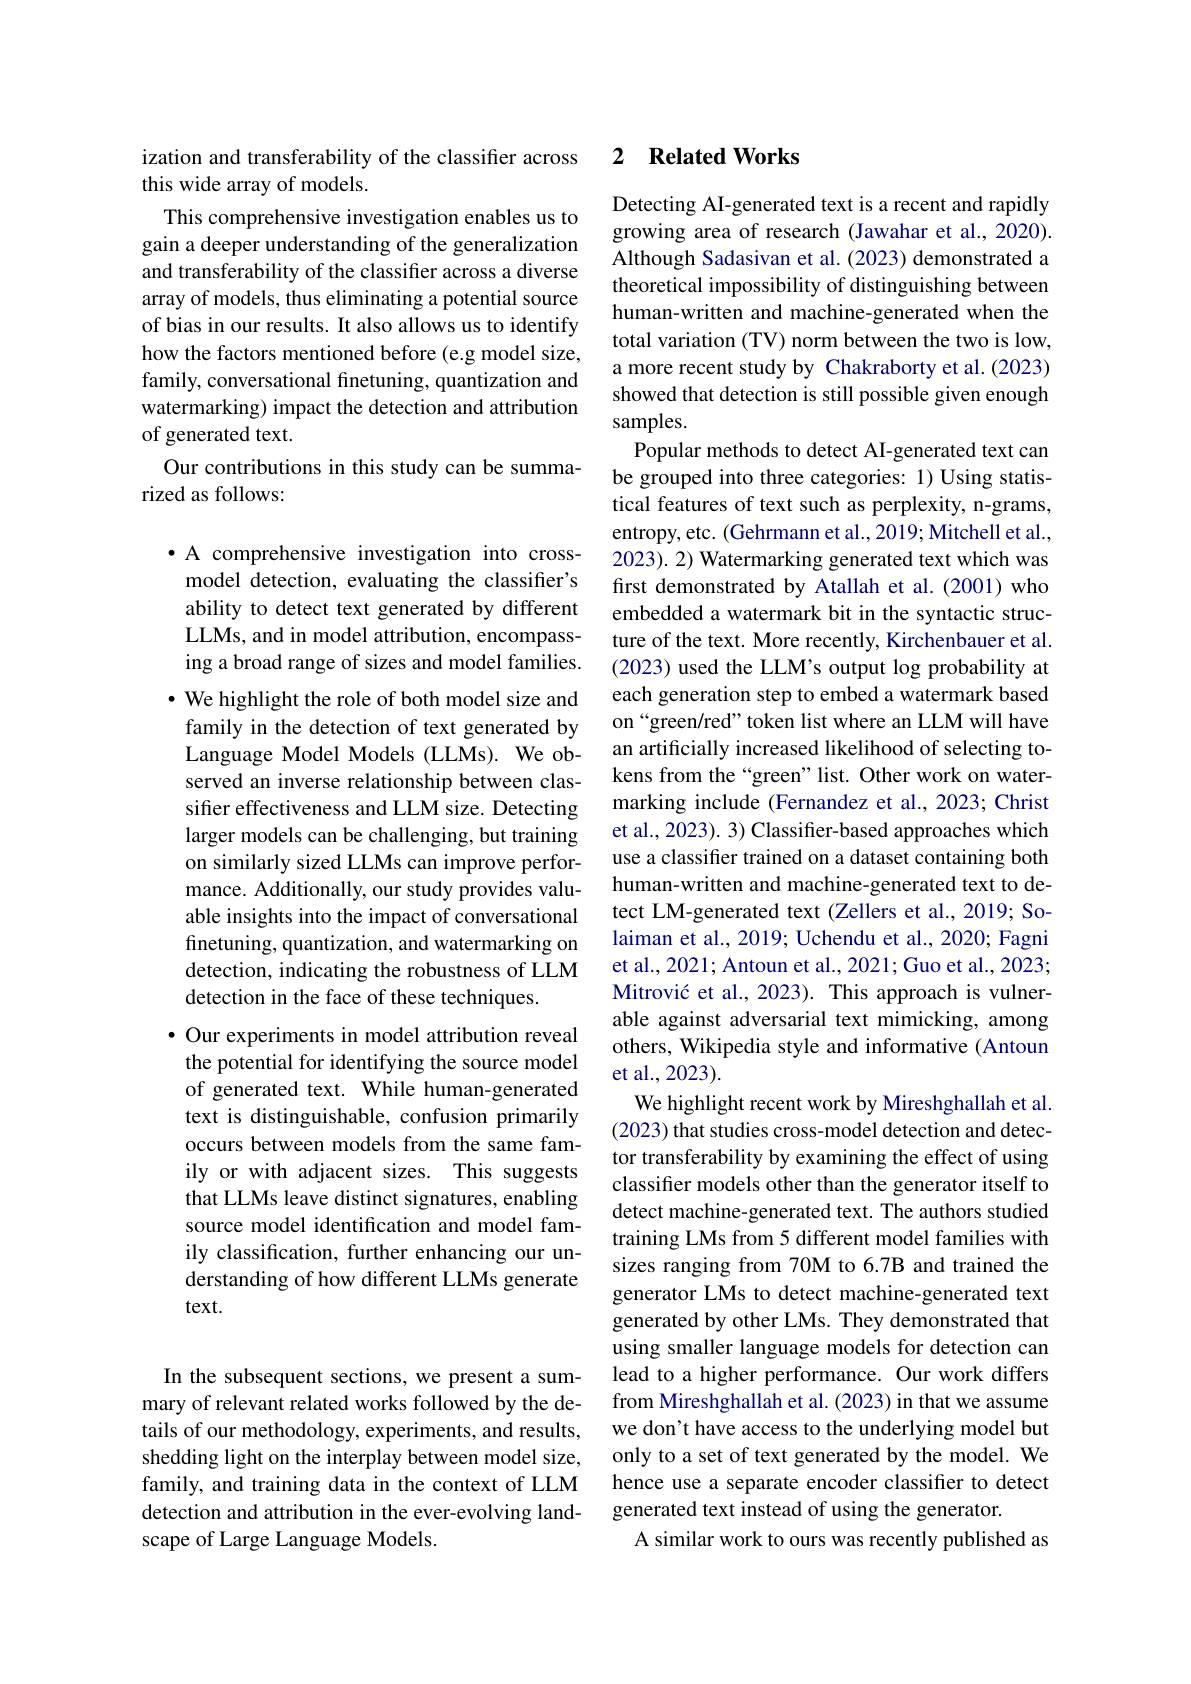
ization and transferability of the classifier across
this wide array of models.
This comprehensive investigation enables us to gain a deeper understanding of the generalization and transferability of the classifier across a diverse array of models, thus eliminating a potential source of bias in our results. It also allows us to identify how the factors mentioned before (e.g model size, family, conversational finetuning, quantization and watermarking) impact the detection and attribution of generated text.
Our contributions in this study can be summa-
rized as follows:

·A comprehensive investigation into crossmodel detection, evaluating the classifier's ability to detect text generated by different LLMs, and in model attribution, encompassing a broad range of sizes and model families. $\cdot$ We highlight the role of both model size and family in the detection of text generated by Language Model Models (LLMs). We observed an inverse relationship between classifer effectiveness and LLM size. Detecting larger models can be challenging, but training on similarly sized LLMs can improve performance. Additionally, our study provides valuable insights into the impact of conversational finetuning, quantization, and watermarking on detection, indicating the robustness of LLM detection in the face of these techniques.
$\bullet$ Our experiments in model attribution reveal the potential for identifying the source model of generated text. While human-generated text is distinguishable, confusion primarily occurs between models from the same family or with adjacent sizes. This suggests that LLMs leave distinct signatures, enabling source model identification and model family classification, further enhancing our understanding of how different LLMs generate text.

In the subsequent sections, we present a summary of relevant related works followed by the details of our methodology, experiments, and results, shedding light on the interplay between model size, family, and training data in the context of LLM detection and attribution in the ever-evolving landscape of Large Language Models.

## 2 Related Works

Detecting AI-generated text is a recent and rapidly growing area of research (Jawahar et al., 2020). Although Sadasivan et al. (2023) demonstrated a theoretical impossibility of distinguishing between human-written and machine-generated when the total variation (TV) norm between the two is low, a more recent study by Chakraborty et al.(2023) showed that detection is still possible given enough samples.
Popular methods to detect AI-generated text can be grouped into three categories: 1) Using statistical features of text such as perplexity, n-grams, entropy, etc. (Gehrmann et al., 2019; Mitchell et al., 2023). 2) Watermarking generated text which was first demonstrated by Atallah et al.(2001) who embedded a watermark bit in the syntactic structure of the text. More recently, Kirchenbauer et al. (2023) used the LLM's output log probability at each generation step to embed a watermark based on“green/red”token list where an LLM will have an artificially increased likelihood of selecting tokens from the“green”list. Other work on watermarking include (Fernandez et al., 2023; Christ et al., 2023). 3) Classifier-based approaches which use a classifier trained on a dataset containing both human-written and machine-generated text to detect LM-generated text (Zellers et al., 2019; Solaiman et al., 2019; Uchendu et al., 2020; Fagni et al., 2021; Antoun et al., 2021; Guo et al., 2023; Mitrović et al., 2023). This approach is vulnerable against adversarial text mimicking, among others, Wikipedia style and informative (Antoun et al.,2023)
We highlight recent work by Mireshghallah et al. (2023) that studies cross-model detection and detector transferability by examining the effect of using classifier models other than the generator itself to detect machine-generated text. The authors studied training LMs from 5 different model families with sizes ranging from 70M to 6.7B and trained the generator LMs to detect machine-generated text generated by other LMs. They demonstrated that using smaller language models for detection can lead to a higher performance. Our work differs from Mireshghallah et al. (2023) in that we assume we don't have access to the underlying model but only to a set of text generated by the model. We hence use a separate encoder classifier to detect generated text instead of using the generator.
A similar work to ours was recently published as